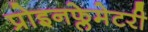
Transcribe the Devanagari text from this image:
प्रोइनफ्लेमेटरी